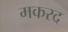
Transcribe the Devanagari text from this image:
मकरद